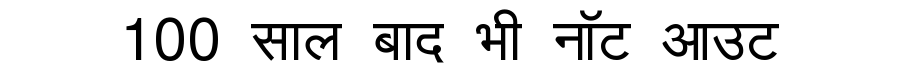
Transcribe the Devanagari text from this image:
100 साल बाद भी नॉट आउट